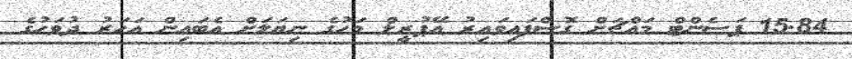
15.84 ޕަސެންޓް މައްޗަށް ގޮސްފައިވައިރު އޭޕުރީލް މަހުގެ ނިޔަލަށް އެބައިން އަހަރު ދުވަހުގެ